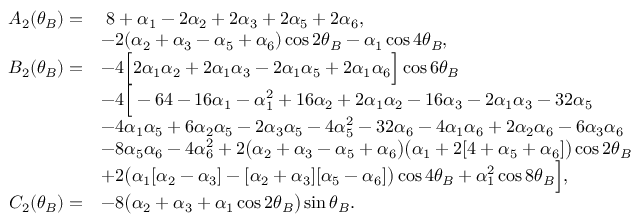
\begin{array} { r l } { \quad A _ { 2 } ( \theta _ { B } ) = } & { \; 8 + \alpha _ { 1 } - 2 \alpha _ { 2 } + 2 \alpha _ { 3 } + 2 \alpha _ { 5 } + 2 \alpha _ { 6 } , } \\ & { - 2 ( \alpha _ { 2 } + \alpha _ { 3 } - \alpha _ { 5 } + \alpha _ { 6 } ) \cos { 2 \theta _ { B } } - \alpha _ { 1 } \cos { 4 \theta _ { B } } , } \\ { B _ { 2 } ( \theta _ { B } ) = } & { - 4 \Big [ 2 \alpha _ { 1 } \alpha _ { 2 } + 2 \alpha _ { 1 } \alpha _ { 3 } - 2 \alpha _ { 1 } \alpha _ { 5 } + 2 \alpha _ { 1 } \alpha _ { 6 } \Big ] \cos { 6 \theta _ { B } } } \\ & { - 4 \Big [ - 6 4 - 1 6 \alpha _ { 1 } - \alpha _ { 1 } ^ { 2 } + 1 6 \alpha _ { 2 } + 2 \alpha _ { 1 } \alpha _ { 2 } - 1 6 \alpha _ { 3 } - 2 \alpha _ { 1 } \alpha _ { 3 } - 3 2 \alpha _ { 5 } } \\ & { - 4 \alpha _ { 1 } \alpha _ { 5 } + 6 \alpha _ { 2 } \alpha _ { 5 } - 2 \alpha _ { 3 } \alpha _ { 5 } - 4 \alpha _ { 5 } ^ { 2 } - 3 2 \alpha _ { 6 } - 4 \alpha _ { 1 } \alpha _ { 6 } + 2 \alpha _ { 2 } \alpha _ { 6 } - 6 \alpha _ { 3 } \alpha _ { 6 } } \\ & { - 8 \alpha _ { 5 } \alpha _ { 6 } - 4 \alpha _ { 6 } ^ { 2 } + 2 \big ( \alpha _ { 2 } + \alpha _ { 3 } - \alpha _ { 5 } + \alpha _ { 6 } \big ) \big ( \alpha _ { 1 } + 2 [ 4 + \alpha _ { 5 } + \alpha _ { 6 } ] \big ) \cos { 2 \theta _ { B } } } \\ & { + 2 \big ( \alpha _ { 1 } [ \alpha _ { 2 } - \alpha _ { 3 } ] - [ \alpha _ { 2 } + \alpha _ { 3 } ] [ \alpha _ { 5 } - \alpha _ { 6 } ] \big ) \cos { 4 \theta _ { B } } + \alpha _ { 1 } ^ { 2 } \cos { 8 \theta _ { B } } \Big ] , } \\ { C _ { 2 } ( \theta _ { B } ) = } & { - 8 \big ( \alpha _ { 2 } + \alpha _ { 3 } + \alpha _ { 1 } \cos { 2 \theta _ { B } } \big ) \sin { \theta _ { B } } . } \end{array}